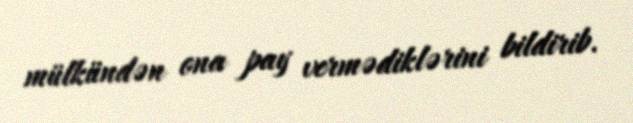
mülkündən ona pay vermədiklərini bildirib.